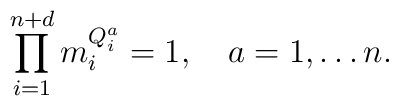
\prod_{i=1}^{n+d} m_i^{Q_i^a}=1, \quad a=1,\ldots n.